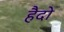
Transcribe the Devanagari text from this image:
हैदो